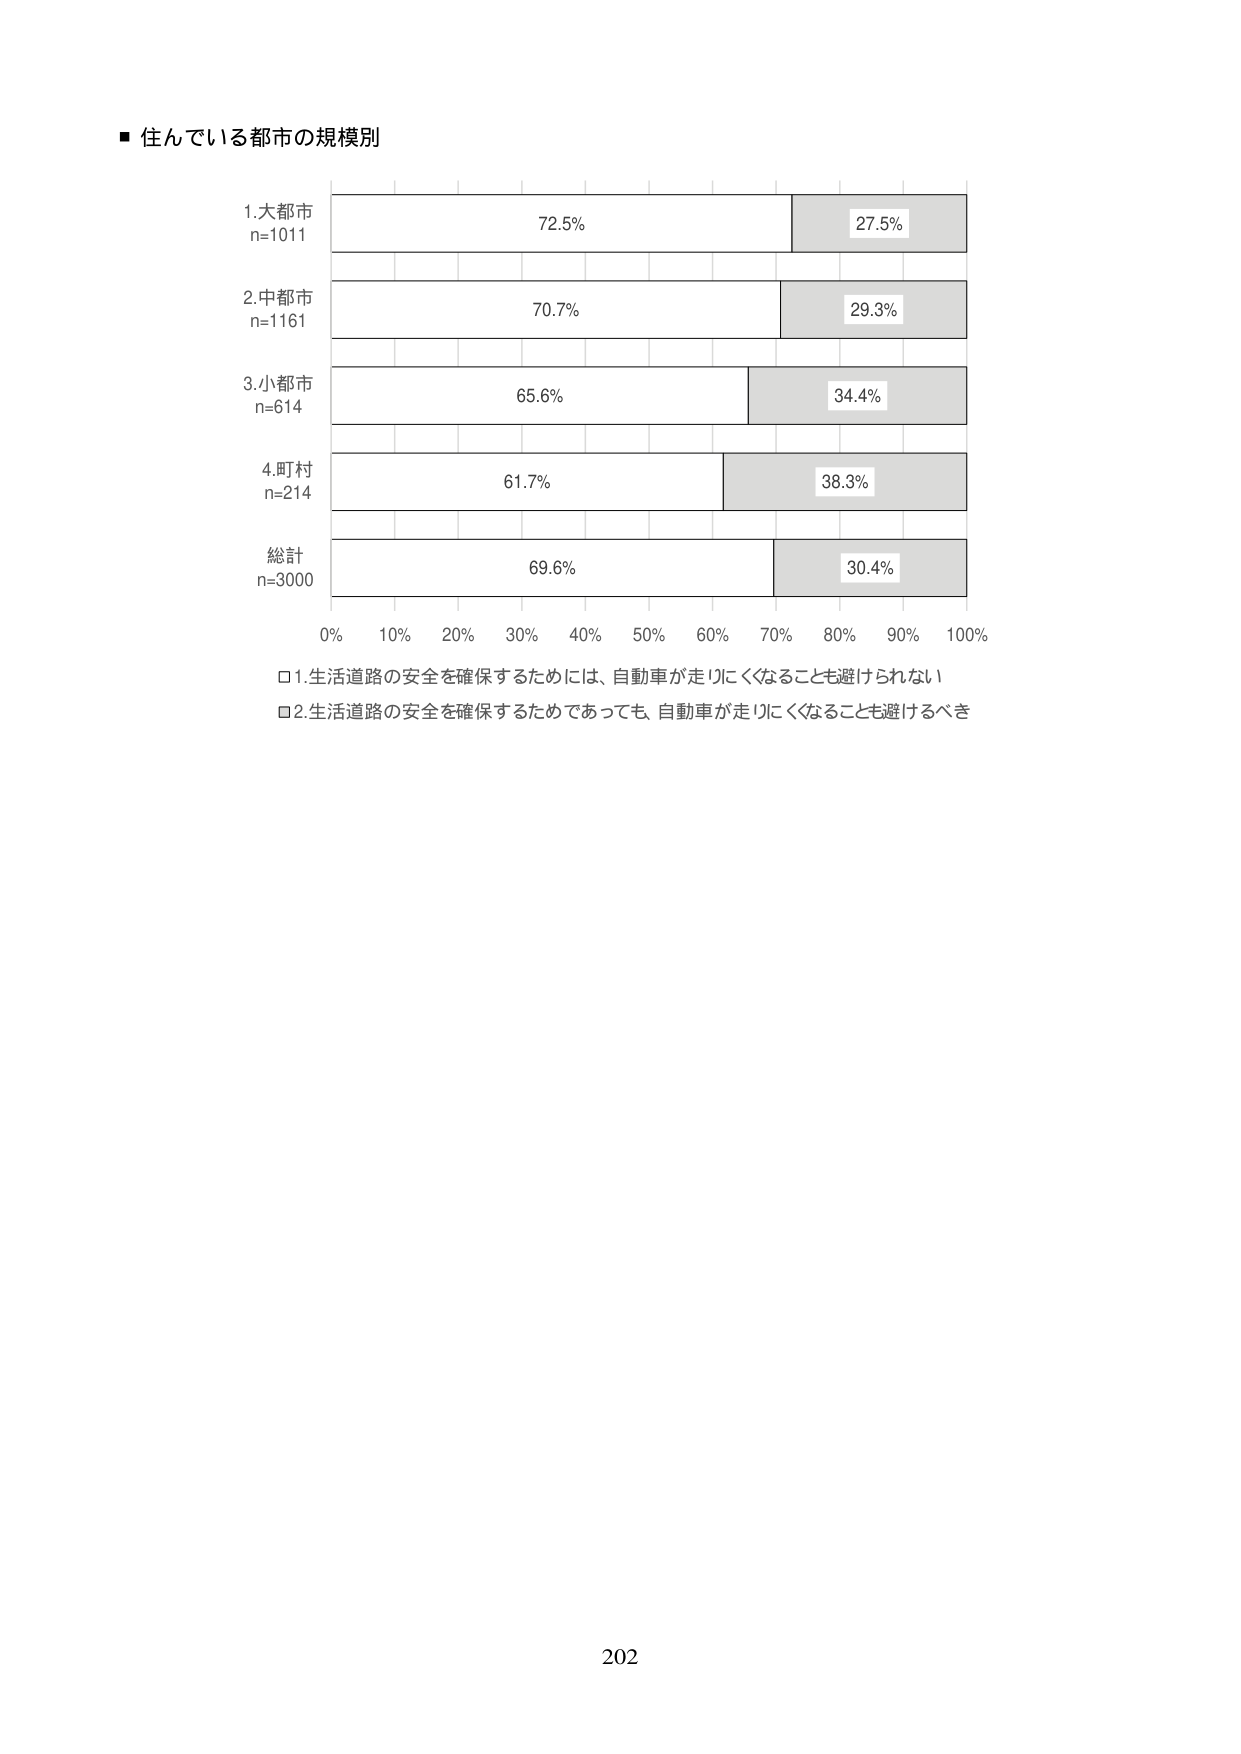
■ 住んでいる都市の規模別

1.大都市
n=1011
72.5% 27.5%

2.中都市
n=1161
70.7% 29.3%

3.小都市
n=614
65.6% 34.4%

4.町村
n=214
61.7% 38.3%

総計
n=3000
69.6% 30.4%

0% 10% 20% 30% 40% 50% 60% 70% 80% 90% 100%

□1.生活道路の安全を確保するためには、自動車が走りにくくなることも避けられない
□2.生活道路の安全を確保するためであっても、自動車が走りにくくなることも避けるべき

202